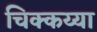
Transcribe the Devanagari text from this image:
चिक्कय्या